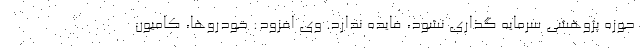
حوزه پژوهشی سرمایه گذاری نشود، فایده ندارد. وی افزود: خودروها، کامیون